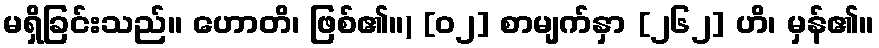
မရှိခြင်းသည်။ ဟောတိ၊ ဖြစ်၏။) [၀၂] စာမျက်နှာ [၂၆၂] ဟိ၊ မှန်၏။